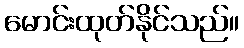
မောင်းထုတ်နိုင်သည်။